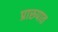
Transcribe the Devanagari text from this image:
प्रारुपात